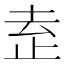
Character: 𬅻